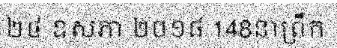
២៤ ឧសភា ២០១៨ 148នាព្រឹក